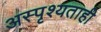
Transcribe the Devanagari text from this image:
अस्पृश्यताही